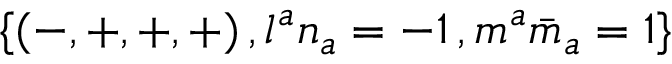
\{ ( - , + , + , + ) \, , l ^ { a } n _ { a } = - 1 \, , m ^ { a } { \bar { m } } _ { a } = 1 \}